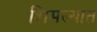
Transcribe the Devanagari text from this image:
शिमल्यात